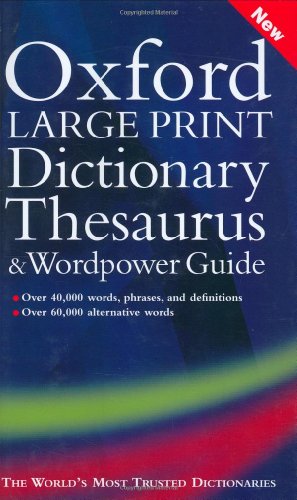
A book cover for Oxford Large Print Dictionary, Thesaurus, and Wordpower Guide; Reference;